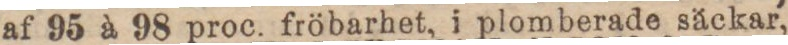
af 95 à 98 proc. fröbarhet, i plomberade säckar,